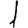
Digit: 1